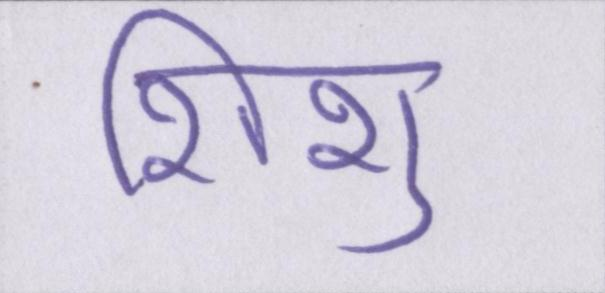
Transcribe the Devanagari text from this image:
शिशु